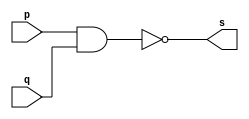
// -------------------------
// Exemplo0006 - NAND 
// Nome: Douglas Cruz de Matos 
// ------------------------- 
// ------------------------- 
// -- nand gate
// ------------------------- 
	module nandgate ( output s, input p, input q);
		assign s = ~(p & q); 
	endmodule // nandgate
// --------------------- 
// -- test nand gate 
// --------------------- 
	module testnandgate;
// ------------------------- dados locais 
		reg a, b; // definir registradores 
		wire s; // definir conexao (fio) 
// ------------------------- instancia 
		nandgate NAND1 (s, a, b);
// ------------------------- preparacao 
		initial begin:start 
			a=0; b=0; 
		end
// ------------------------- parte principal 
		initial begin 
			$display("Exemplo0006 - Douglas Cruz de Matos - 433134"); 
			$display("Testando a porta NAND"); 
			$display("\n~(a & b) = s\n"); 
			a=0; b=0; 
			#1 $display("~(%b & %b) = %b", a, b, s); 
			a=0; b=1; 
			#1 $display("~(%b & %b) = %b", a, b, s); 
			a=1; b=0; 
			#1 $display("~(%b & %b) = %b", a, b, s); 
			a=1; b=1; 
			#1 $display("~(%b & %b) = %b", a, b, s); 
		end 
endmodule // testnandgate